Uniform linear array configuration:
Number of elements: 24
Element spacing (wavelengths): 0.25
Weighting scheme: kaiser
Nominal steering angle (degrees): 30
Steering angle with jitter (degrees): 29.094
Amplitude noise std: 0.05
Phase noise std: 0.05

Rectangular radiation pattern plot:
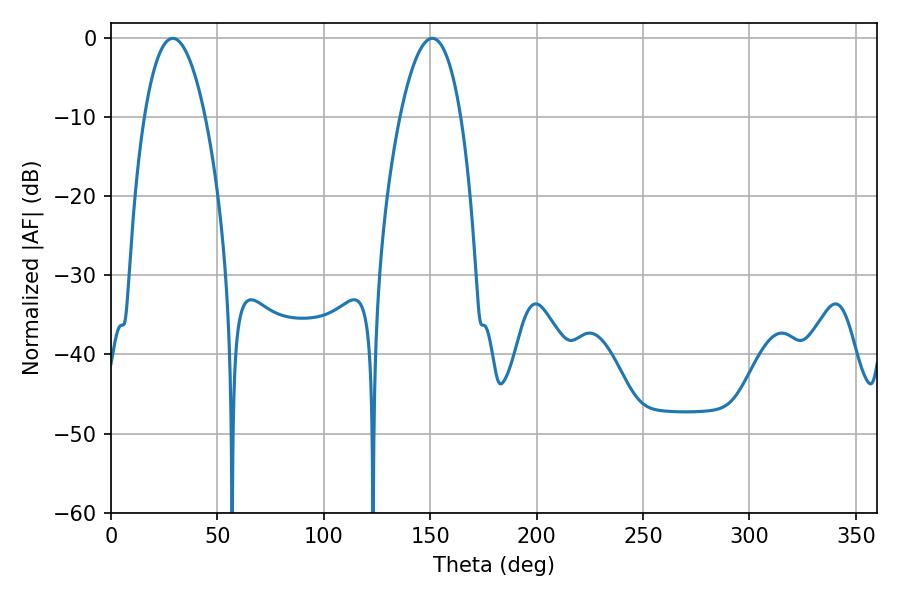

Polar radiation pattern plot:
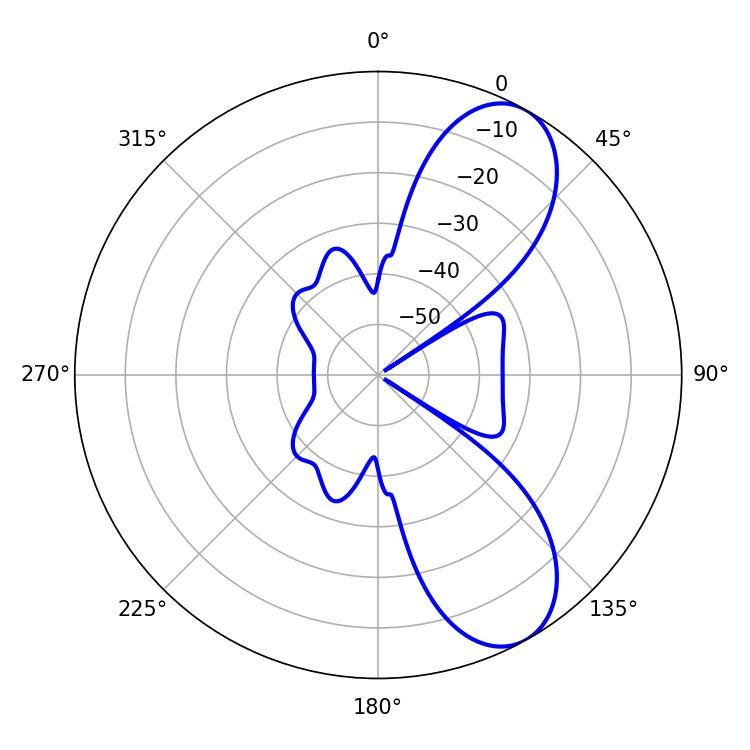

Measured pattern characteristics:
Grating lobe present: FALSE
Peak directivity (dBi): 8.397
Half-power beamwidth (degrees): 15.84
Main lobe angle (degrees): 151.02